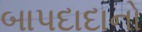
બાપદાદાનો